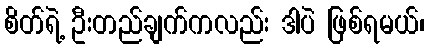
စိတ်ရဲ့ ဦးတည်ချက်ကလည်း ဒါပဲ ဖြစ်ရမယ်၊